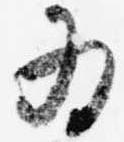
為